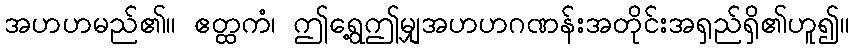
အဟဟမည်၏။ ဧတ္ထကံ၊ ဤရွေ့ဤမျှအဟဟဂဏန်းအတိုင်းအရှည်ရှိ၏ဟူ၍။